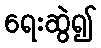
ရေးဆွဲ၍